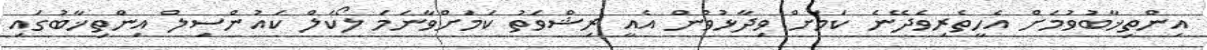
އިންތިޚާބުވުމަށް އެހީތެރިވެދޭނެ ކަމަށް ވިދާޅުވުން އެއީ ރިޝްވަތު ކަމަށްވާނަމަ ލޯކަލް ކައުންސިލް އިންތިޚާބުގައި